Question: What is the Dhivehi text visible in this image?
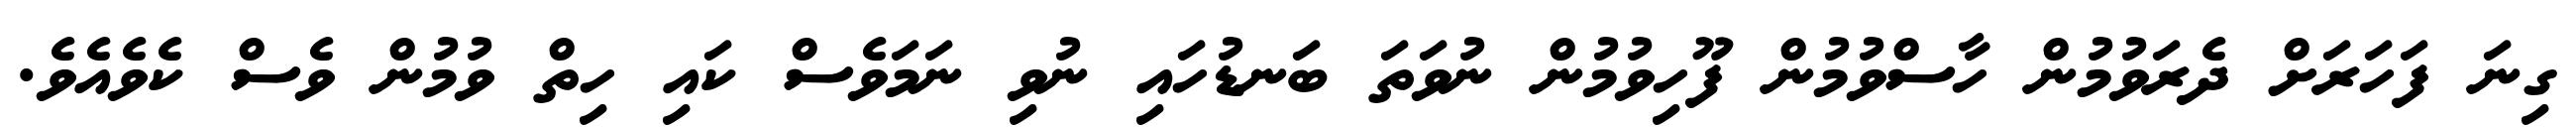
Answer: ގިނަ ފަހަރަށް ދެރަވުމުން ހާސްވުމުން ފޫހިވުމުން ނުވަތަ ބަނޑުހައި ނުވި ނަމަވެސް ކައި ހިތް ވުމުން ވެސް ކެވެއެވެ.